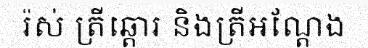
រ៉ស់ ត្រីឆ្តោរ និងត្រីអណ្តែង